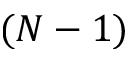
( N - 1 )